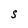
Character: S